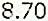
8.70